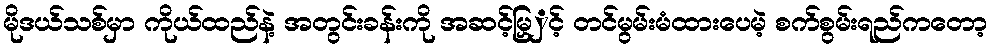
မိုဒယ်သစ်မှာ ကိုယ်ထည်နဲ့ အတွင်းခန်းကို အဆင့်မြှှင့် တင်မွမ်းမံထားပေမဲ့ စက်စွမ်းရည်ကတော့